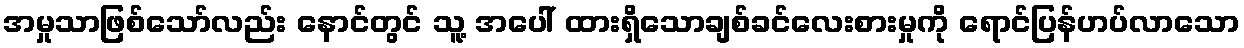
အမှုသာဖြစ်သော်လည်း နောင်တွင် သူ့ အပေါ် ထားရှိသောချစ်ခင်လေးစားမှုကို ရောင်ပြန်ဟပ်လာသော